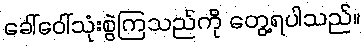
ခေါ်ဝေါ်သုံးစွဲကြသည်ကို တွေ့ရပါသည်။